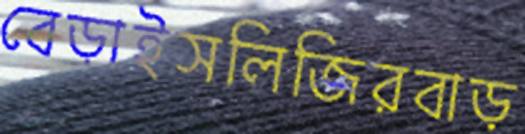
বেড়াইসলিজিরবাড়